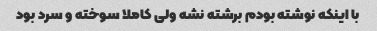
با اینکه نوشته بودم برشته نشه ولی کاملا سوخته و سرد بود